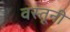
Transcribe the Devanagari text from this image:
वस्तूनी